Leaving Certificate Examination, 1916
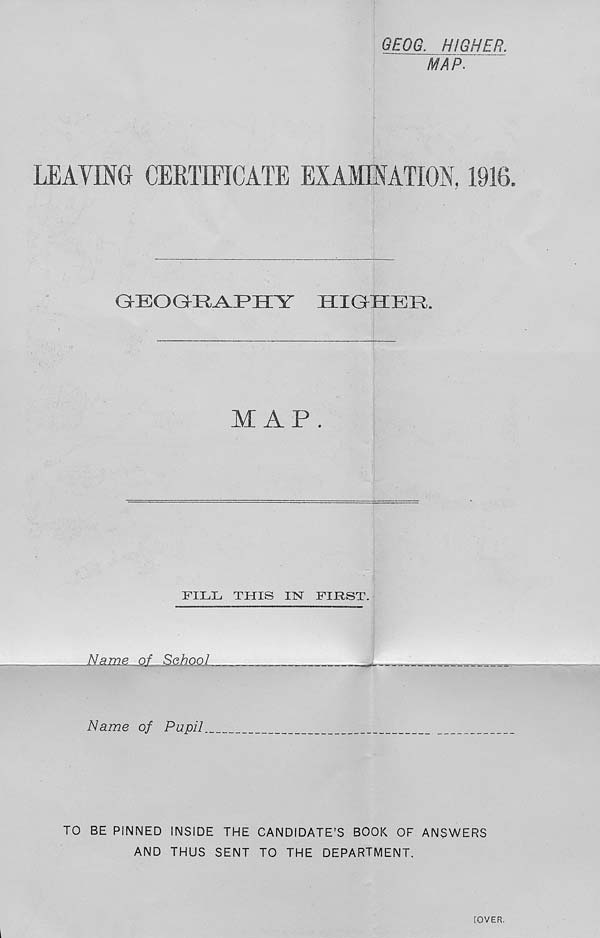
100
50
100
E. LOWER ///,
MAPS.
LEAVING CERTIFICATE EXAMINATION, 1916.
KNGIjISII LOWER (THIRL R^lRER)
M APS .
FILL THIS m FIRST.
Name of School.
Name of Pupil.3
TO BE PINNED INSIDE THE CANDIDATE’S BOOK OF ANSWERS
AND THUS SENT TO THE DEPARTMENT.
IOVER.